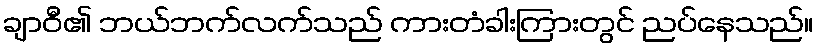
ချာဝီ၏ ဘယ်ဘက်လက်သည် ကားတံခါးကြားတွင် ညပ်နေသည်။